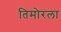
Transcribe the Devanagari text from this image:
तिमोरला